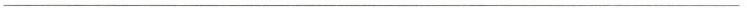
___